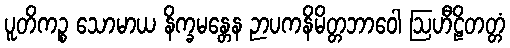
ပူတိကဉ္စ သောမာယ နိက္ခမန္တေန ဉာပကနိမိတ္တဘာဝေါ ဩဟီဠိတတ္တံ